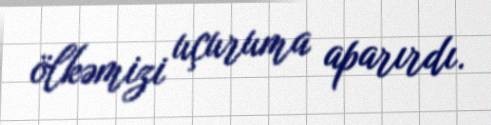
ölkəmizi uçuruma aparırdı.